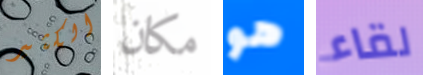
الكثير مكان هو لقاء